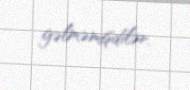
gəlməmişdilər.